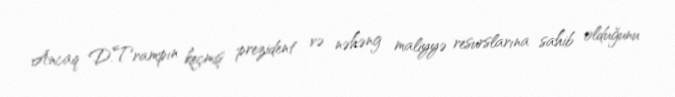
Ancaq D.Trampın keçmiş prezident və nəhəng maliyyə resurslarına sahib olduğunu